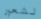
لشعور